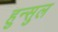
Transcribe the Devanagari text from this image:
हुन्सुल